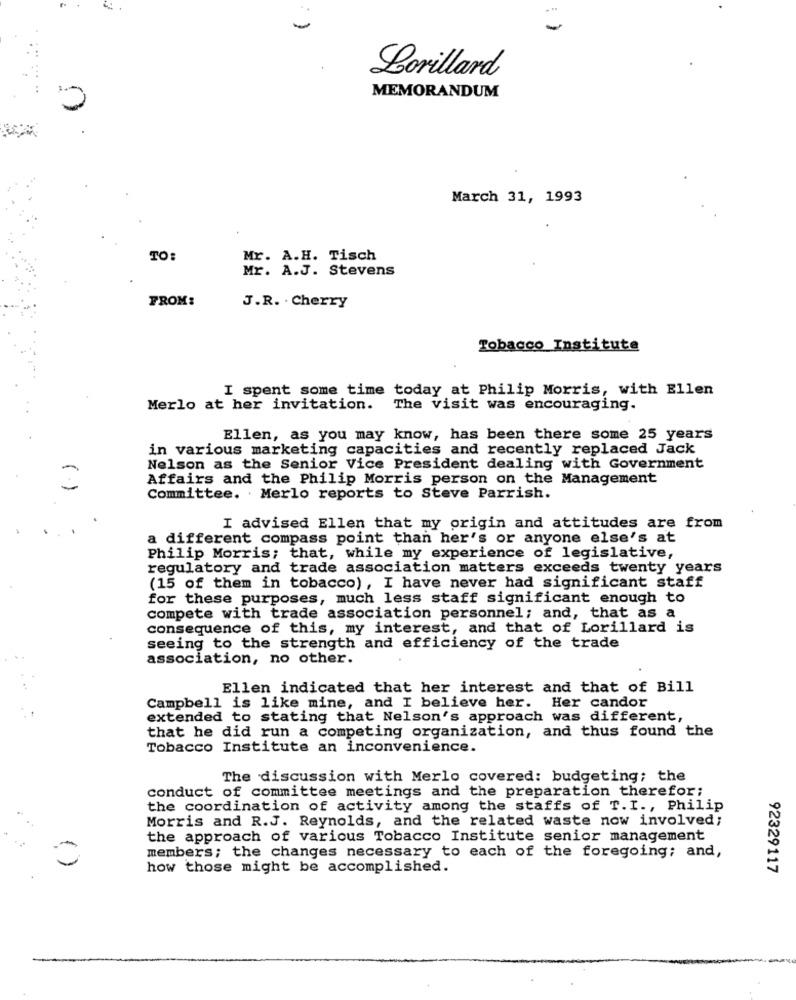
-
Lorillard
MEMORANDUM
0
March 31, 1993
TO:
Mr. A.H. Tisch
Mr. A.J. Stevens
FROM:
J.R. . Cherry
Tobacco Institute
I spent some time today at Philip Morris, with Ellen
Merlo at her invitation.
The visit was encouraging.
Ellen, as you may know, has been there some 25 years
in various marketing capacities and recently replaced Jack
Nelson as the Senior Vice President dealing with Government
Affairs and the Philip Morris person on the Management
Committee. Merlo reports to Steve Parrish.
I advised Ellen that my origin and attitudes are from
a different compass point than her's or anyone else's at
Philip Morris; that, while my experience of legislative,
regulatory and trade association matters exceeds twenty years
(15 of them in tobacco), I have never had significant staff
for these purposes, much less staff significant enough to
compete with trade association personnel; and, that as a
consequence of this, my interest, and that of Lorillard is
seeing to the strength and efficiency of the trade
association, no other.
Ellen indicated that her interest and that of Bill
Campbell is like mine, and I believe her. Her candor
extended to stating that Nelson's approach was different,
that he did run a competing organization, and thus found the
Tobacco Institute an inconvenience.
The discussion with Merlo covered: budgeting; the
conduct of committee meetings and the preparation therefor:
the coordination of activity among the staffs of T.I ., Philip
Morris and R.J. Reynolds, and the related waste now involved;
the approach of various Tobacco Institute senior management
members; the changes necessary to each of the foregoing; and,
how those might be accomplished.
92329117